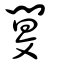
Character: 閺